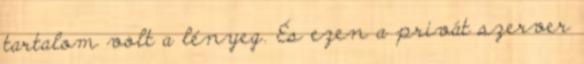
tartalom volt a lényeg. És ezen a privát szerver